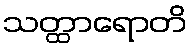
သတ္ထာရောတိ